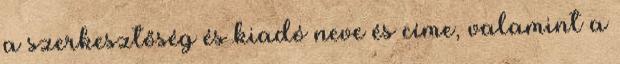
a szerkesztőség és kiadó neve és címe, valamint a